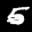
Label: 5